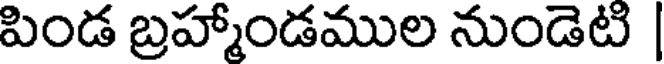
పిండ బ్రహ్మాండముల నుండెటి |